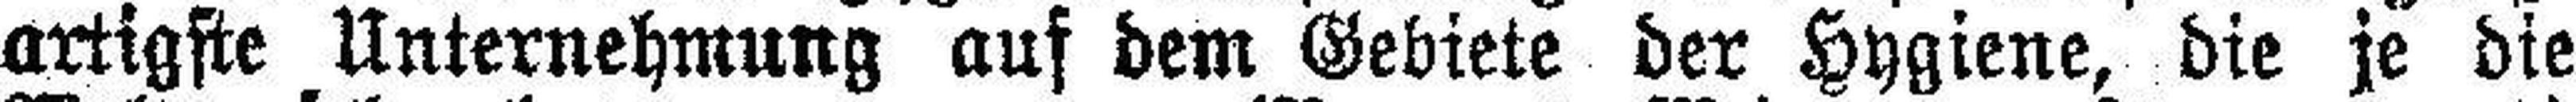
artigste Unternehmung auf dem Gebiete der Hygiene, die je die